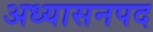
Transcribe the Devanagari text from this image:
अध्यासनपद